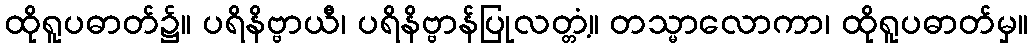
ထိုရူပဓာတ်၌။ ပရိနိဗ္ဗာယီ၊ ပရိနိဗ္ဗာန်ပြုလတ္တံ့။ တသ္မာလောကာ၊ ထိုရူပဓာတ်မှ။